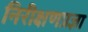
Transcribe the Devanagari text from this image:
निरीक्षणप्रज्ञा